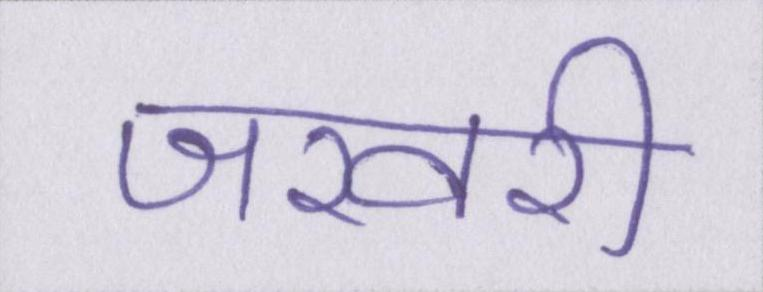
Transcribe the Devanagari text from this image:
जरवरी